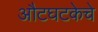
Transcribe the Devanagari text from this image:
औटघटकेचे